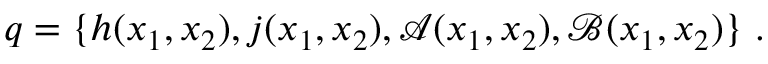
\boldsymbol { q } = \{ h ( x _ { 1 } , x _ { 2 } ) , \boldsymbol { j } ( x _ { 1 } , x _ { 2 } ) , \boldsymbol { \mathcal { A } } ( x _ { 1 } , x _ { 2 } ) , \boldsymbol { \mathcal { B } } ( x _ { 1 } , x _ { 2 } ) \} \ .